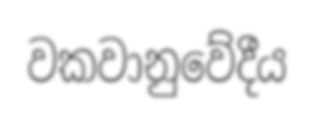
වකවානුවේදීය